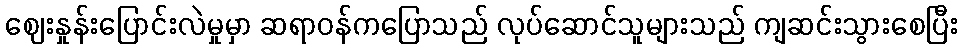
ဈေးနှုန်းပြောင်းလဲမှုမှာ ဆရာဝန်ကပြောသည် လုပ်ဆောင်သူများသည် ကျဆင်းသွားစေပြီး